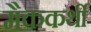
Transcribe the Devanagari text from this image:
मैककर्थी